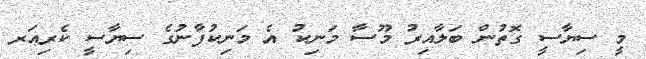
މީ ސިޔާސީ ގޮތުން ބަލާއިރު މޫސާ މަނިކު އެ މަނިކުފާނުގެ ސިޔާސީ ކެރިއަރ